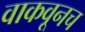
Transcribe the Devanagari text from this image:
वाकवूनच